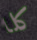
كلا